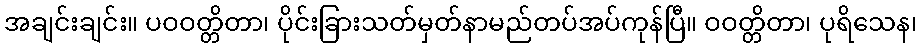
အချင်းချင်း။ ပဝဝတ္တိတာ၊ ပိုင်းခြားသတ်မှတ်နာမည်တပ်အပ်ကုန်ပြီ။ ဝဝတ္တိတာ၊ ပုရိသေန၊